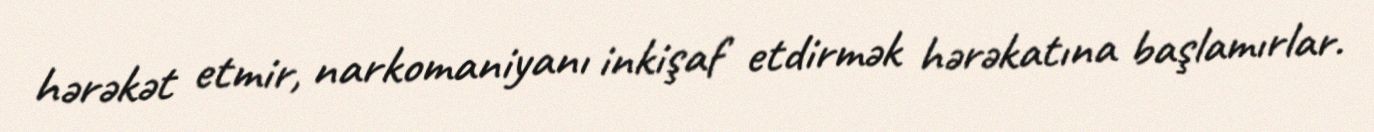
hərəkət etmir, narkomaniyanı inkişaf etdirmək hərəkatına başlamırlar.